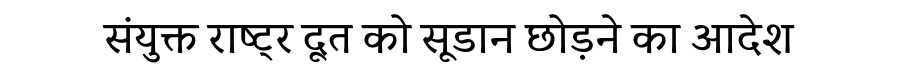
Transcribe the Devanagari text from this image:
संयुक्त राष्ट्र दूत को सूडान छोड़ने का आदेश